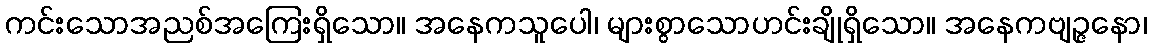
ကင်းသောအညစ်အကြေးရှိသော။ အနေကသူပေါ၊ များစွာသောဟင်းချိုရှိသော။ အနေကဗျဉ္ဇနော၊